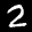
Label: 2